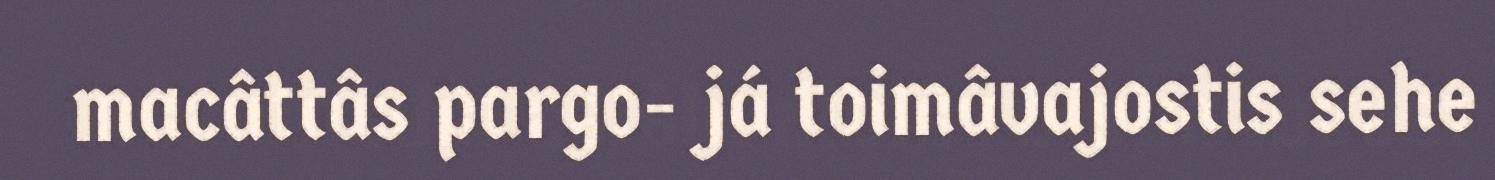
macâttâs pargo- já toimâvajostis sehe